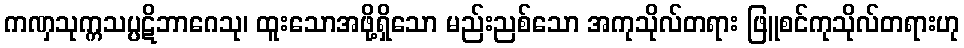
ကဏှသုက္ကသပ္ပဋိဘာဂေသု၊ ထူးသောအဖို့ရှိသော မည်းညစ်သော အကုသိုလ်တရား ဖြူစင်ကုသိုလ်တရားဟု